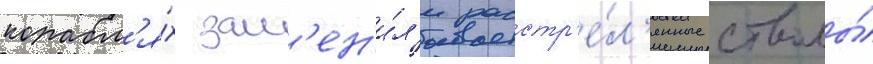
корабл'я́х зам'ен'и́л'и расстр'е́л'янные стволы́